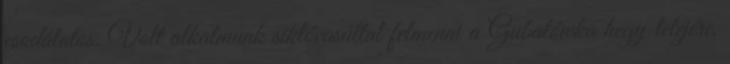
csodálatos. Volt alkalmunk siklóvasúttal felmenni a Gubałówka hegy tetejére,